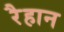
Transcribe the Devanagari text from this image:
रैहान